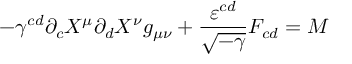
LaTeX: - \gamma ^ { c d } \partial _ { c } X ^ { \mu } \partial _ { d } X ^ { \nu } g _ { \mu \nu } + \frac { \varepsilon ^ { c d } } { \sqrt { - \gamma } } F _ { c d } = M